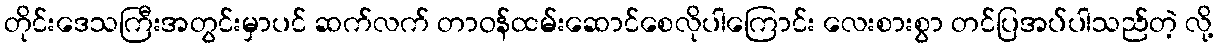
တိုင်းဒေသကြီးအတွင်းမှာပင် ဆက်လက် တာဝန်ထမ်းဆောင်စေလိုပါကြောင်း လေးစားစွာ တင်ပြအပ်ပါသည်တဲ့ လို့